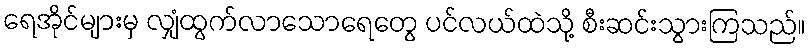
ရေအိုင်များမှ လျှံထွက်လာသောရေတွေ ပင်လယ်ထဲသို့ စီးဆင်းသွားကြသည်။